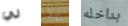
لي بهذا بداخله